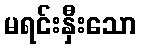
မရင်းနှီးသော